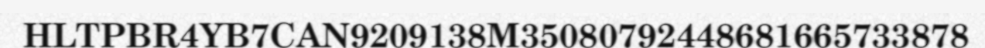
HLTPBR4YB7CAN9209138M35080792448681665733878